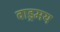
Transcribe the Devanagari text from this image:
वाड्रमय